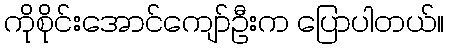
ကိုစိုင်းအောင်ကျော်ဦးက ပြောပါတယ်။